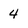
Character: 4